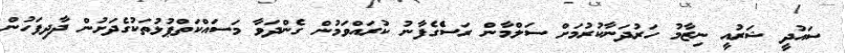
ސައުދީ ޝަރުއީ ނިޒާމު ހަރުދަނާކުރުމަށް ސަލްމާން ރަސްެގެފާނު ކުރައްވަމުން ގެންދަވާ މަސައްކަތްޕުޅުތަކުގެދަށުން ދާދިފަހުން